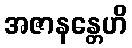
အဇာနန္တေဟိ